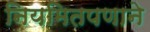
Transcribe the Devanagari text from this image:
नियमितपणाने